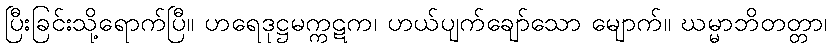
ပြီးခြင်းသို့ရောက်ပြီ။ ဟရေဒုဋ္ဌမက္ကဋက၊ ဟယ်ပျက်ချော်သော မျောက်။ ဃမ္မာဘိတတ္တာ၊